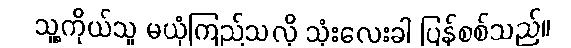
သူ့ကိုယ်သူ မယုံကြည်သလို သုံးလေးခါ ပြန်စစ်သည်။